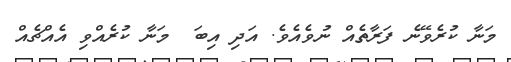
މަނާ ކުރެވޭނެ ފަރާތެއް ނުވެއެވެ. އަދި އިބަ  މަނާ ކުރެއްވި އެއްޗެއް